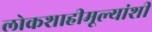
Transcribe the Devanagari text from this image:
लोकशाहीमूल्यांशी